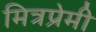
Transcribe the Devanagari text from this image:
मित्रप्रेमी